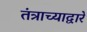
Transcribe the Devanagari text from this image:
तंत्राच्याद्वारे